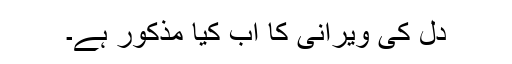
دل کی ویرانی کا اب کیا مذکور ہے۔